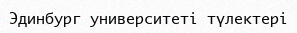
Эдинбург университеті түлектері